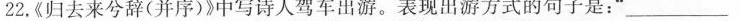
22.《归去来兮辞(并序)》中写诗人驾车出游。表现出游方式的句子是：”__